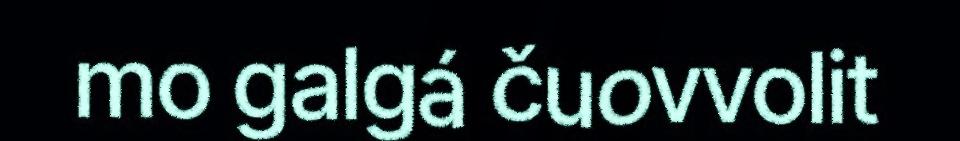
mo galgá čuovvolit